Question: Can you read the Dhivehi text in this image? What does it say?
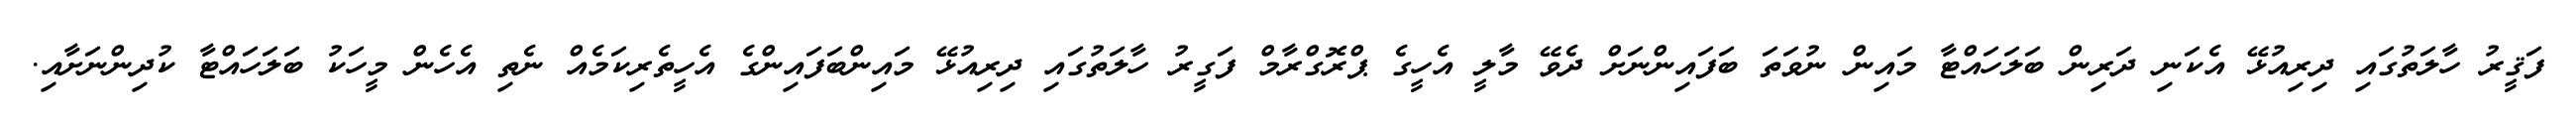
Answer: ފަޤީރު ހާލަތުގައި ދިރިއުޅޭ އެކަނި ދަރިން ބަލަހައްޓާ މައިން ނުވަތަ ބަފައިންނަށް ދެވޭ މާލީ އެހީގެ ޕްރޮގްރާމް ފަގީރު ހާލަތުގައި ދިރިއުޅޭ މައިންބަފައިންގެ އެހީތެރިކަމެއް ނެތި އެހެން މީހަކު ބަލަހައްޓާ ކުދިންނަށާއި.